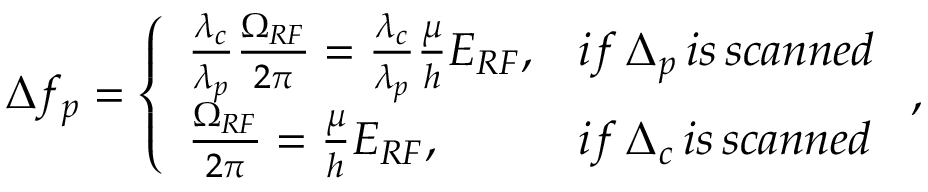
\Delta f _ { p } = \left\{ \begin{array} { l l } { \frac { \lambda _ { c } } { \lambda _ { p } } \frac { \Omega _ { R F } } { 2 \pi } = \frac { \lambda _ { c } } { \lambda _ { p } } \frac { \mu } { h } E _ { R F } , } & { i f \, \Delta _ { p } \, i s \, s c a n n e d } \\ { \frac { \Omega _ { R F } } { 2 \pi } = \frac { \mu } { h } E _ { R F } , } & { i f \, \Delta _ { c } \, i s \, s c a n n e d } \end{array} \right. ,